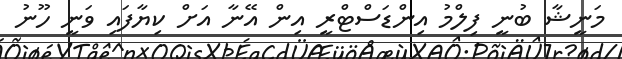
މަނީޝާ ބުނީ ފިލްމު އިންޑަސްޓްރީ އިން އޭނާ އަށް ކިޔާފައި ވަނީ ހޫނު